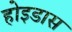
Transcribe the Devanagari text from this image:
होइडास